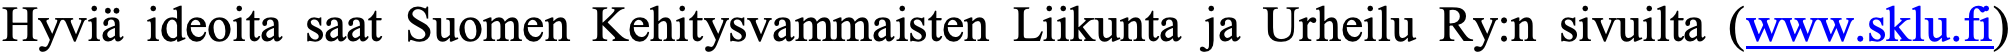
Hyviä ideoita saat Suomen Kehitysvammaisten Liikunta ja Urheilu Ry:n sivuilta (www.sklu.fi)